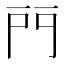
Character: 𨳇